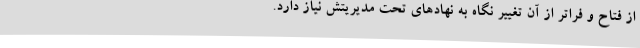
از فتاح و فراتر از آن تغییر نگاه به نهادهای تحت مدیریتش نیاز دارد.